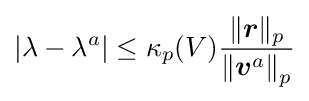
\left|\lambda -\lambda ^{a}\right|\leq \kappa _{p}(V){\frac {\|{\boldsymbol {r}}\|_{p}}{\left\|{\boldsymbol {v}}^{a}\right\|_{p}}}